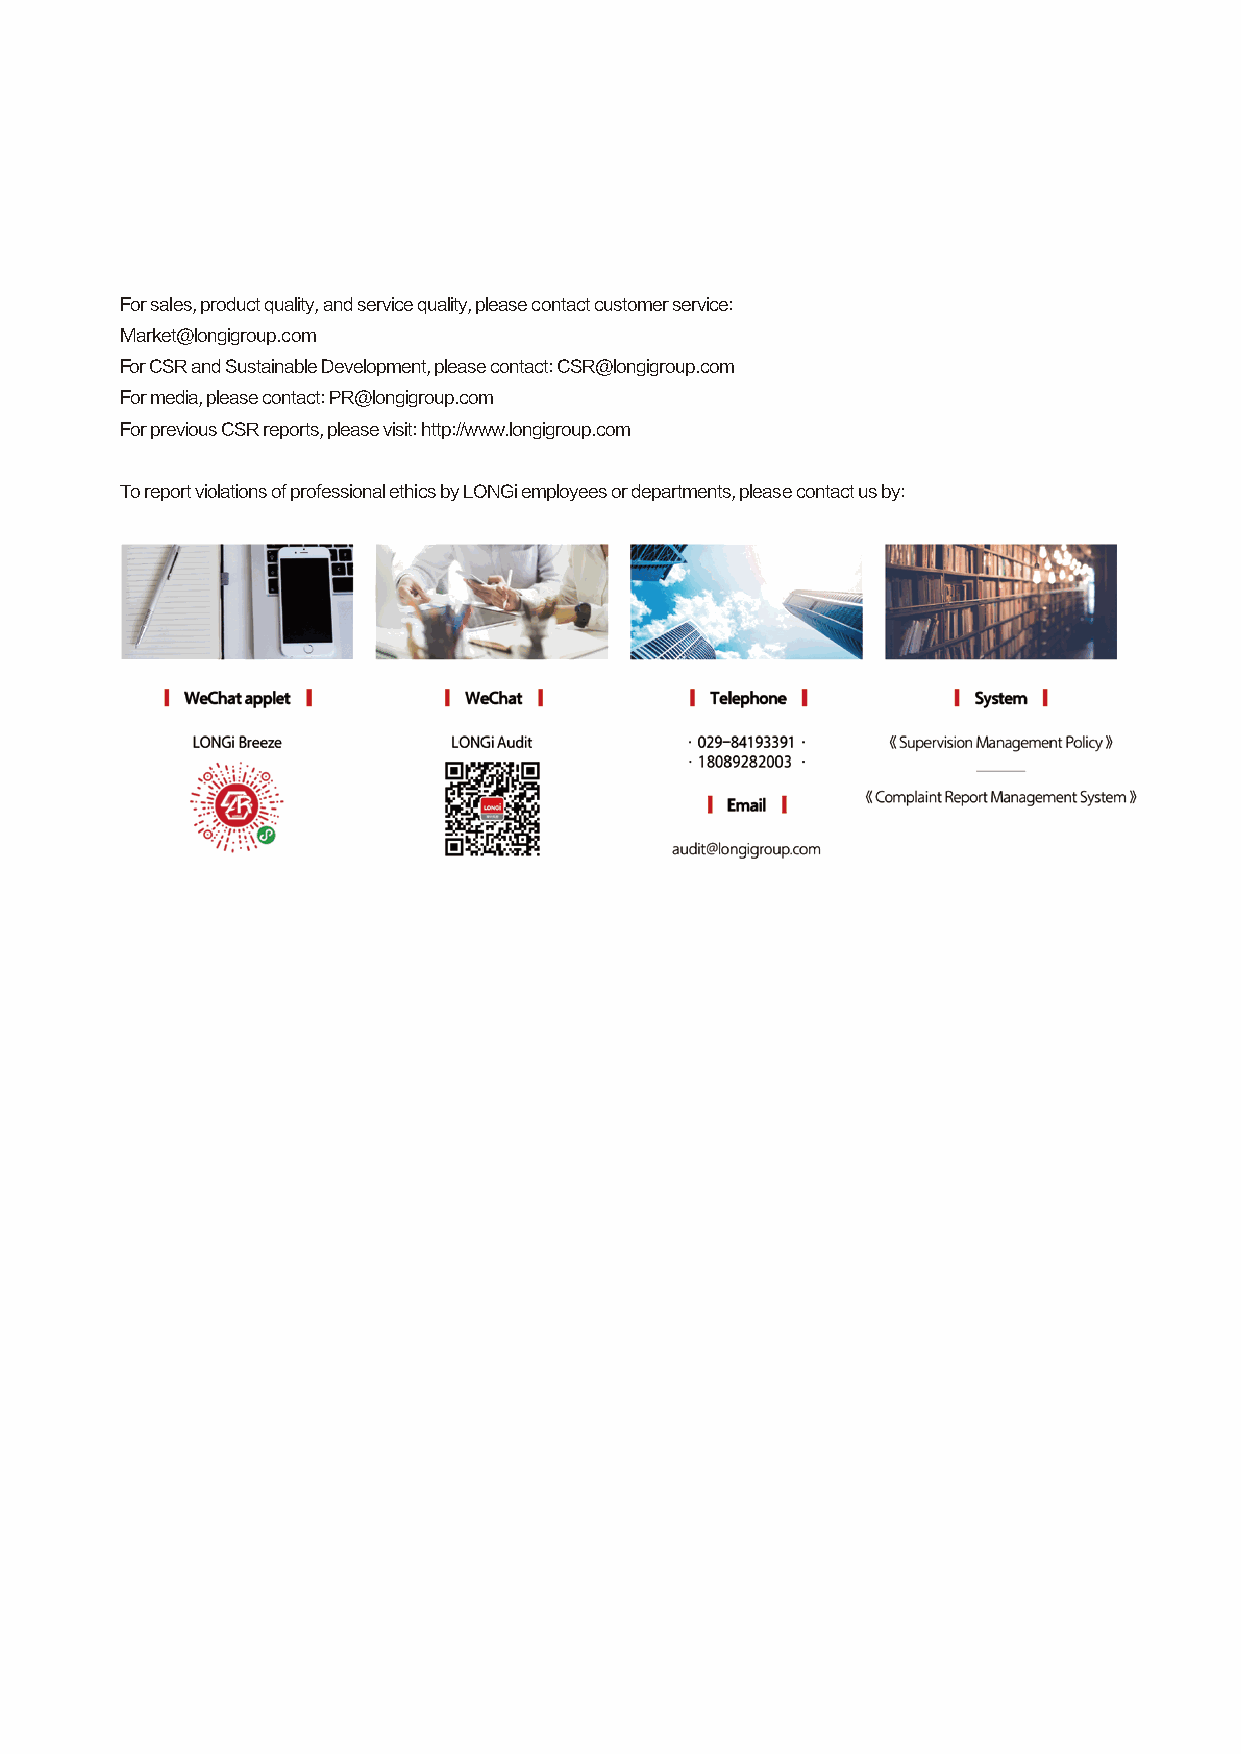
For sales, product quality, and service quality, please contact customer service:
 Market@longigroup.com
 For CSR and Sustainable Development, please contact: CSR@longigroup.com
 For media, please contact: PR@longigroup.com
 For previous CSR reports, please visit: http://www.longigroup.com
 To report violations of professional ethics by LONGi employees or departments, please contact us by: